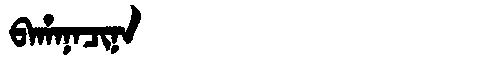
Manchu: ᠪᠠᡥᠠᠨᠠᠴᡳᠨᠠ
Romanization: BAHANACINA